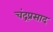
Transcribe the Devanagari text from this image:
चंद्रप्रसाद